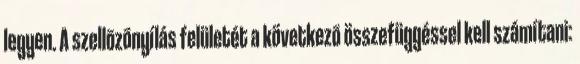
legyen. A szellõzõnyílás felületét a következõ összefüggéssel kell számítani: